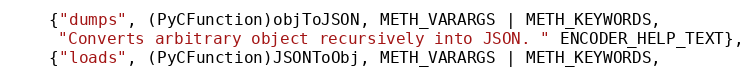
Language: C
    {"dumps", (PyCFunction)objToJSON, METH_VARARGS | METH_KEYWORDS,
     "Converts arbitrary object recursively into JSON. " ENCODER_HELP_TEXT},
    {"loads", (PyCFunction)JSONToObj, METH_VARARGS | METH_KEYWORDS,